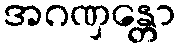
အဂဏှန္တော